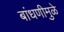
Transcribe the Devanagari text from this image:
बांधणीमुळे